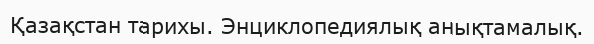
Қазақстан тарихы. Энциклопедиялық анықтамалық.